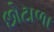
છોટાળા